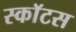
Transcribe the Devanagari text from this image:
स्काॅटस